Quinine and its salts - Number 41
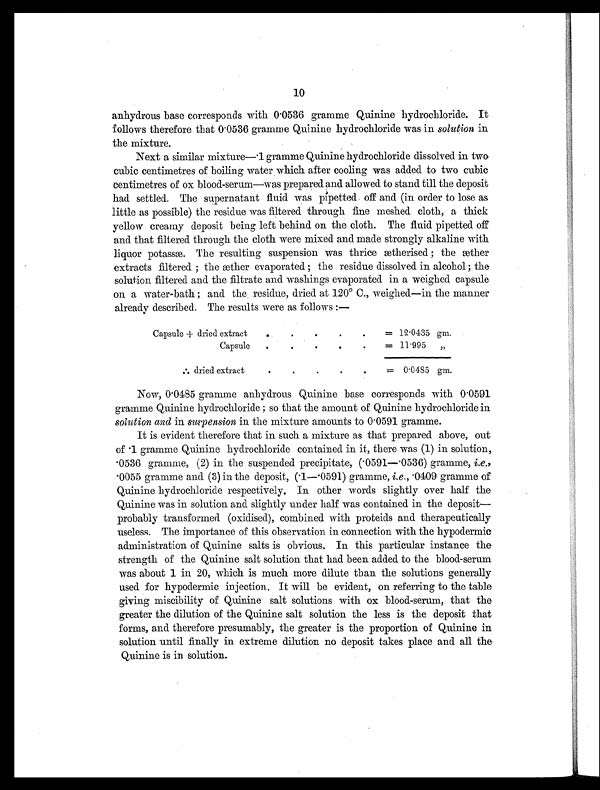
10
anhydrous base corresponds with 0.0536 gramme Quinine hydrochloride. It
follows therefore that 0.0536 gramme Quinine hydrochloride was in solution in
the mixture.
Next a similar mixture—.1 gramme Quinine hydrochloride dissolved in two
cubic centimetres of boiling water which after cooling was added to two cubic
centimetres of ox blood-serum—was prepared and allowed to stand till the deposit
had settled. The supernatant fluid was pipetted off and (in order to lose as
little as possible) the residue was filtered through fine meshed cloth, a thick
yellow creamy deposit being left behind on the cloth. The fluid pipetted off
and that filtered through the cloth were mixed and made strongly alkaline with
liquor potassæ. The resulting suspension was thrice ætherised; the æther
extracts filtered; the æther evaporated; the residue dissolved in alcohol; the
solution filtered and the filtrate and washings evaporated in a weighed capsule
on a water-bath; and the residue, dried at 120° C., weighed—in the manner
already described. The results were as follows:—
Capsule + dried extract
.
.
.
.
. = 12.0435 gm.
Capsule
.
.
.
.
.
= 11.995
„
[ I L L ] d r i e d e x t r a c t
.
.
.
.
.
= 0.0485 gm.
Now, 0.0485 gramme anhydrous Quinine base corresponds with 0.0591
gramme Quinine hydrochloride; so that the amount of Quinine hydrochloride in
solution and in suspension in the mixture amounts to 0.0591 gramme.
It is evident therefore that in such a mixture as that prepared above, out
of .1 gramme Quinine hydrochloride contained in it, there was (1) in solution,
. 0 5 3 6 g r a m m e , ( 2 ) i n t h e s u s p e n d e d p r e c i p i t a t e , ( . 0 5 9 1 — . 0 5 3 6 ) g r a m m e , i . e . ,
. 0 0 5 5 g r a m m e a n d ( 3 ) i n t h e d e p o s i t , ( . 1 — . 0 5 9 1 ) g r a m m e , i . e . , . 0 4 0 9 g r a m m e o f
Quinine hydrochloride respectively. In other words slightly over half the
Quinine was in solution and slightly under half was contained in the deposit—
probably transformed (oxidised), combined with proteids and therapeutically
useless. The importance of this observation in connection with the hypodermic
administration of Quinine salts is obvious. In this particular instance the
strength of the Quinine salt solution that had been added to the blood-serum
was about 1 in 20, which is much more dilute than the solutions generally
used for hypodermic injection. It will be evident, on referring to the table
giving miscibility of Quinine salt solutions with ox blood-serum, that the
greater the dilution of the Quinine salt solution the less is the deposit that
forms, and therefore presumably, the greater is the proportion of Quinine in
solution until finally in extreme dilution no deposit takes place and all the
Quinine is in solution.